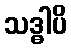
သဒ္ဓါပိ